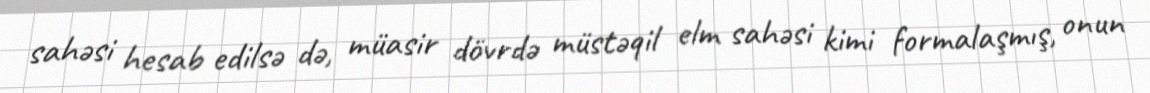
sahəsi hesab edilsə də, müasir dövrdə müstəqil elm sahəsi kimi formalaşmış, onun